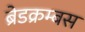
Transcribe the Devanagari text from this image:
ब्रेडक्रम्बस